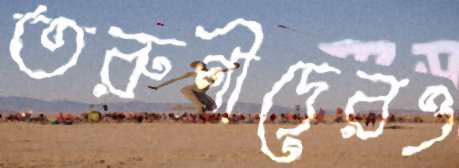
তরুণীদেরও